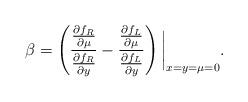
LaTeX: \begin{align*}\beta = \left( \frac{\frac{\partial f_R}{\partial \mu}}{\frac{\partial f_R}{\partial y}}- \frac{\frac{\partial f_L}{\partial \mu}}{\frac{\partial f_L}{\partial y}} \right)\bigg|_{x = y = \mu = 0}.\end{align*}